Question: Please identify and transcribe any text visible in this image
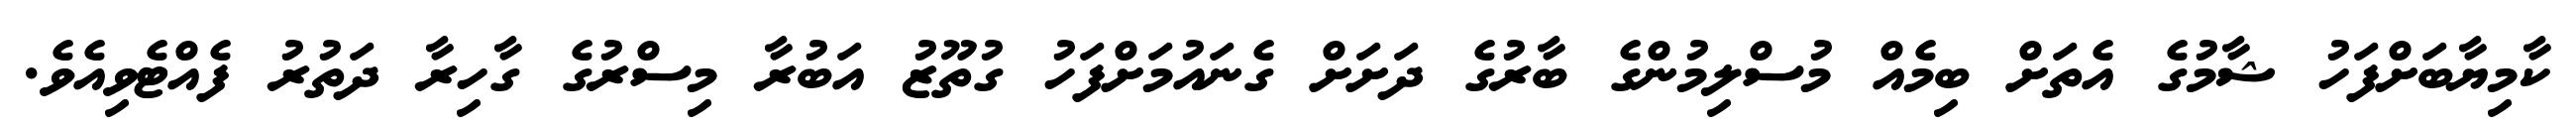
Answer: ކާމިޔާބަށްފަހު ޝާމުގެ އެތަށް ބިމެއް މުސްލިމުންގެ ބާރުގެ ދަށަށް ގެނައުމަށްފަހު ގުތޫޒު އަބުރާ މިސްރުގެ ގާހިރާ ދަތުރު ފެއްޓެވިއެވެ.